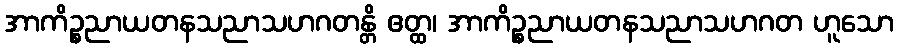
အာကိဉ္စညာယတနသညာသဟဂတန္တိ ဧတ္ထ၊ အာကိဉ္စညာယတနသညာသဟဂတ ဟူသော